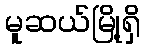
မူဆယ်မြို့ရှိ